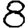
Digit: 8